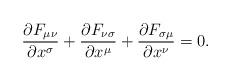
LaTeX: \begin{align*}{\partial F_{\mu\nu} \over \partial x^\sigma} +{\partial F_{\nu\sigma} \over \partial x^\mu} +{\partial F_{\sigma\mu} \over \partial x^\nu} = 0.\end{align*}